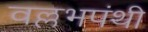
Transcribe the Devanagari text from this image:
वल्लभपंथी